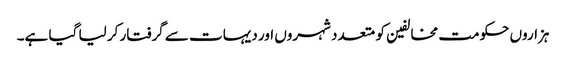
ہزاروں حکومت مخالفین کو متعدد شہروں اور دیہات سے گرفتار کر لیا گیا ہے۔